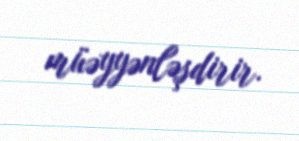
müəyyənləşdirir.